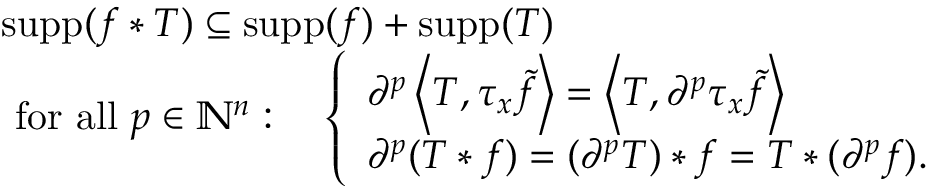
{ \begin{array} { r l } & { \operatorname { s u p p } ( f \ast T ) \subseteq \operatorname { s u p p } ( f ) + \operatorname { s u p p } ( T ) } \\ & { { \mathrm { ~ f o r ~ a l l ~ } } p \in \mathbb { N } ^ { n } : \quad { \left\{ \begin{array} { l l } { \partial ^ { p } \left\langle T , \tau _ { x } { \tilde { f } } \right\rangle = \left\langle T , \partial ^ { p } \tau _ { x } { \tilde { f } } \right\rangle } \\ { \partial ^ { p } ( T \ast f ) = ( \partial ^ { p } T ) \ast f = T \ast ( \partial ^ { p } f ) . } \end{array} \right. } } \end{array} }